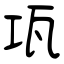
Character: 瓨